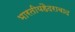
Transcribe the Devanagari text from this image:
भारतीयहैदराबाद